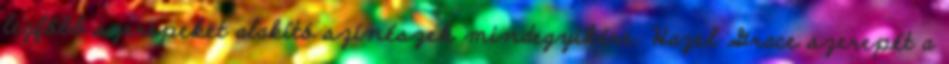
legfőbb szerepeket alakító színészek mindegyikére. Hazel Grace szerepét a